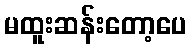
မထူးဆန်းတော့ပေ